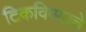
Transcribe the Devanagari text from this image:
टिकविण्याचे